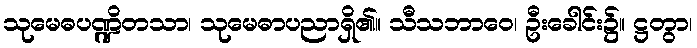
သုမေဓပဏ္ဍိတသာ၊ သုမေဓာပညာရှိ၏။ သီသဘာဝေ၊ ဦးခေါင်း၌။ ဋ္ဌတွာ၊